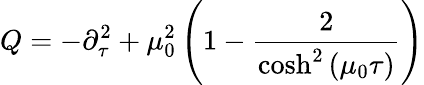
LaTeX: Q=-\partial_{\tau}^{2}+\mu_{0}^{2}\left(1-\frac{2}{\cosh^{2}\left(\mu_{0}\tau\right)}\right)